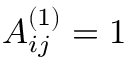
A _ { i j } ^ { ( 1 ) } = 1